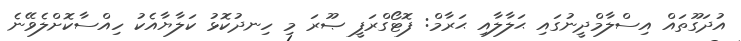
އުދަގޫތައް އިސްލާމްދީނުގައި ޙަލާލާއި ޙަރާމް: ފޮޓޯގްރަފީ ޞޫރަ މި ހިނދުކޮޅު ކަލާޔާއެކު ހިއްސާކޮށްލެވޭނެ